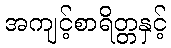
အကျင့်စာရိတ္တနှင့်